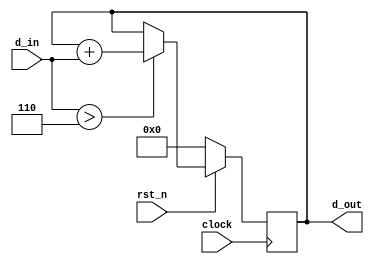
module lab_006_acc (
  input rst_n, clock,
  input [3:0] d_in,
  output reg [7:0] d_out
);

  always @( posedge clock ) begin
    if( !rst_n ) begin
      d_out <= 0;
    end
    else begin
      if(d_in>6) d_out <= d_out+d_in;
      else d_out<=d_out;
    end 
    // fill out the rest

  end

endmodule